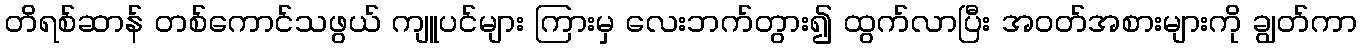
တိရစ်ဆာန် တစ်ကောင်သဖွယ် ကျူပင်များ ကြားမှ လေးဘက်တွား၍ ထွက်လာပြီး အဝတ်အစားများကို ချွတ်ကာ